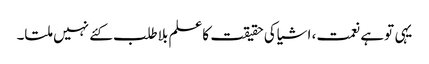
یہی توہے نعمت، اشیاکی حقیقت کاعلم بلاطلب کئے نہیں ملتا۔